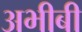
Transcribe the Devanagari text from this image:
अभीबी